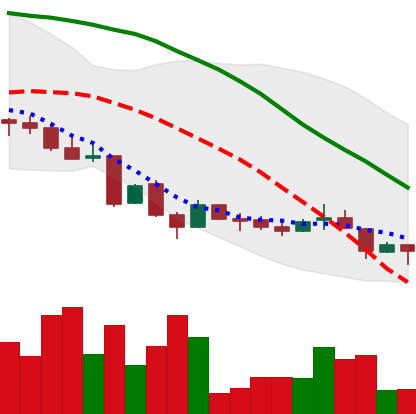
Ticker: LINK-USD
Chart end date: 2018-06-24
Forward return: -3.141%
Label: down_3_5